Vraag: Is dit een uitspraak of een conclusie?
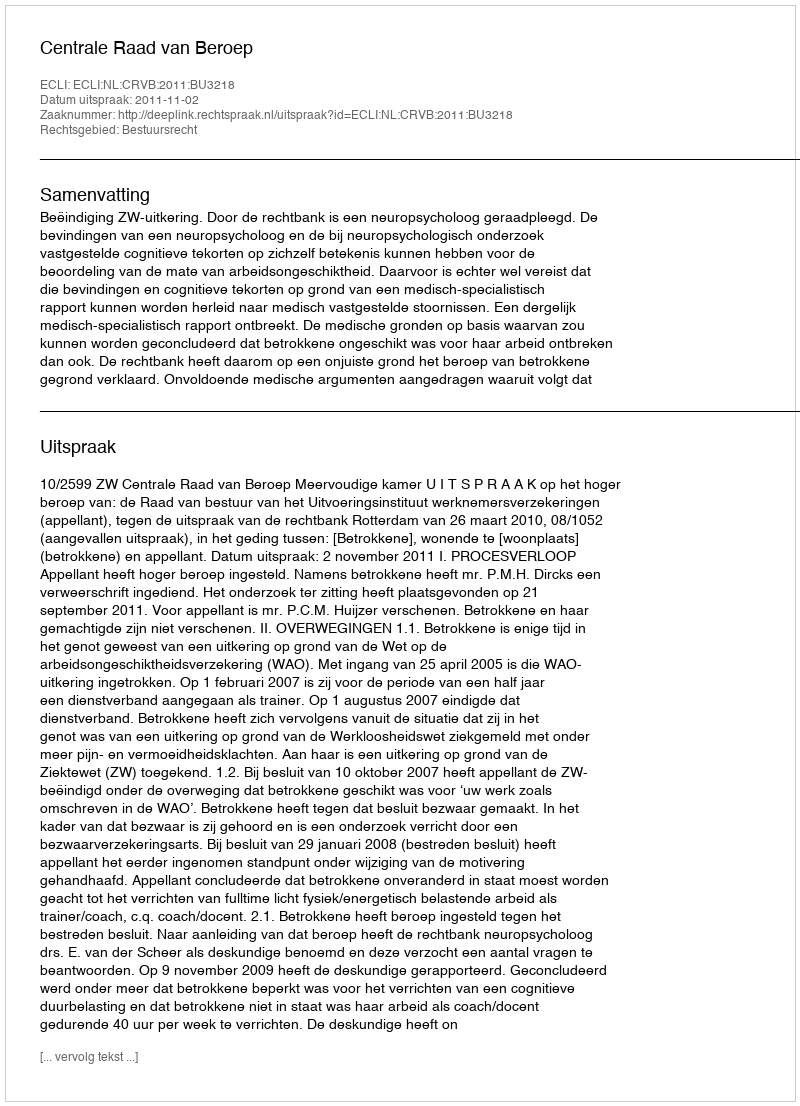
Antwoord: Uitspraak